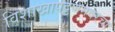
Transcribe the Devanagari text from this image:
विशाखापट्टणमवरचा